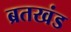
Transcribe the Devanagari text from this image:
ब्रतखंड